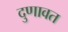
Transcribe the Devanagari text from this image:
दुणावत